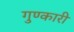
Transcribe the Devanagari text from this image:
गुण्कारी